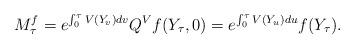
LaTeX: \begin{align*}M_{\tau}^f=e^{\int_0^{\tau} V(Y_v)dv} Q^Vf(Y_{\tau},0) =e^{\int_0^{\tau} V(Y_u)du} f(Y_{\tau}).\end{align*}